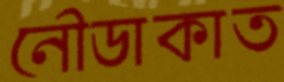
নৌডাকাত